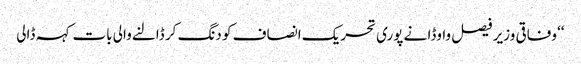
‘‘ وفاقی وزیر فیصل واوڈا نے پوری تحریک انصاف کو دنگ کر ڈالنےوالی بات کہہ ڈالی